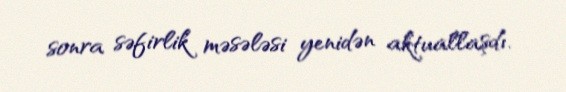
sonra səfirlik məsələsi yenidən aktuallaşdı.